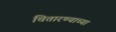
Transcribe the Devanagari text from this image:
चितारण्याच्या